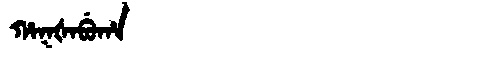
Manchu: ᡥᠠᡴᡧᠠᠪᡠᡥᠠ
Romanization: HAKŠABUHA